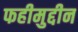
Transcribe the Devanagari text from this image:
फहीमुद्दीन